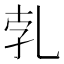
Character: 𠃱